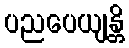
ပညပေယျန္တိ